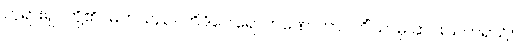
ဘုရားရှင်တို့၏။ မြတ်သည်။ တိဒိဝေါရောဟဏေ၊ တာဝတိံသာမှ ဆင်းသက်ရာ၌။